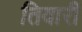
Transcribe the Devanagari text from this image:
तिवारीं